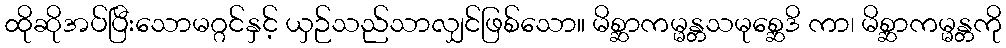
ထိုဆိုအပ်ပြီးသောမဂ္ဂင်နှင့် ယှဉ်သည်သာလျှင်ဖြစ်သော။ မိစ္ဆာကမ္မန္တသမုစ္ဆေဒိ ကာ၊ မိစ္ဆာကမ္မန္တကို